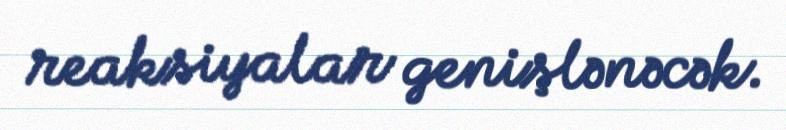
reaksiyalar genişlənəcək.